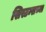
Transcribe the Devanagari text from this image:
सिस्टम्सच्या